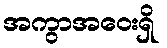
အကွာအဝေးရှိ